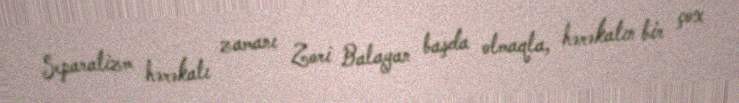
Separatizm hərəkatı zamanı Zori Balayan başda olmaqla, hərəkatın bir çox